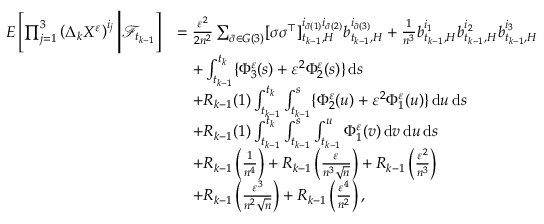
\begin{array} { r l } { E \left[ \prod _ { j = 1 } ^ { 3 } \left( \Delta _ { k } X ^ { \varepsilon } \right) ^ { i _ { j } } \Bigg | \mathcal { F } _ { t _ { k - 1 } } \right] } & { = \frac { \varepsilon ^ { 2 } } { 2 n ^ { 2 } } \sum _ { \tilde { \sigma } \in G ( 3 ) } [ \sigma \sigma ^ { \top } ] _ { t _ { k - 1 } , H } ^ { i _ { \tilde { \sigma } ( 1 ) } i _ { \tilde { \sigma } ( 2 ) } } b _ { t _ { k - 1 } , H } ^ { i _ { \tilde { \sigma } ( 3 ) } } + \frac { 1 } { n ^ { 3 } } b _ { t _ { k - 1 } , H } ^ { i _ { 1 } } b _ { t _ { k - 1 } , H } ^ { i _ { 2 } } b _ { t _ { k - 1 } , H } ^ { i _ { 3 } } } \\ & { \quad + \int _ { t _ { k - 1 } } ^ { t _ { k } } \{ \Phi _ { 3 } ^ { \varepsilon } ( s ) + \varepsilon ^ { 2 } \Phi _ { 2 } ^ { \varepsilon } ( s ) \} \, \mathrm { d } s } \\ & { \quad + R _ { k - 1 } ( 1 ) \int _ { t _ { k - 1 } } ^ { t _ { k } } \int _ { t _ { k - 1 } } ^ { s } \{ \Phi _ { 2 } ^ { \varepsilon } ( u ) + \varepsilon ^ { 2 } \Phi _ { 1 } ^ { \varepsilon } ( u ) \} \, \mathrm { d } u \, \mathrm { d } s } \\ & { \quad + R _ { k - 1 } ( 1 ) \int _ { t _ { k - 1 } } ^ { t _ { k } } \int _ { t _ { k - 1 } } ^ { s } \int _ { t _ { k - 1 } } ^ { u } \Phi _ { 1 } ^ { \varepsilon } ( v ) \, \mathrm { d } v \, \mathrm { d } u \, \mathrm { d } s } \\ & { \quad + R _ { k - 1 } \left( \frac { 1 } { n ^ { 4 } } \right) + R _ { k - 1 } \left( \frac { \varepsilon } { n ^ { 3 } \sqrt { n } } \right) + R _ { k - 1 } \left( \frac { \varepsilon ^ { 2 } } { n ^ { 3 } } \right) } \\ & { \quad + R _ { k - 1 } \left( \frac { \varepsilon ^ { 3 } } { n ^ { 2 } \sqrt { n } } \right) + R _ { k - 1 } \left( \frac { \varepsilon ^ { 4 } } { n ^ { 2 } } \right) , } \end{array}